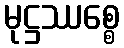
မုဋ္ဌဿစ္စေ